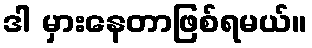
ဒါ မှားနေတာဖြစ်ရမယ်။